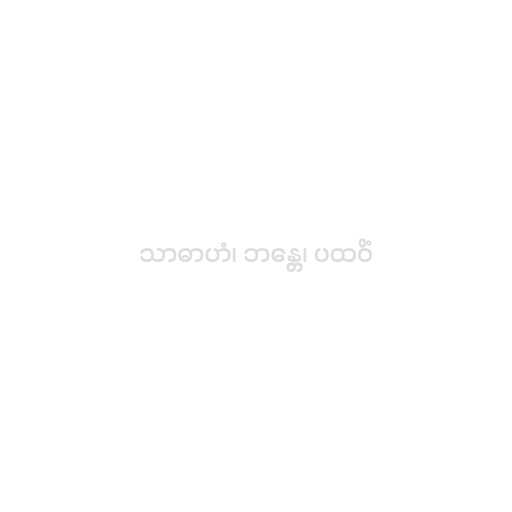
သာဓာဟံ၊ ဘန္တေ၊ ပထဝိံ